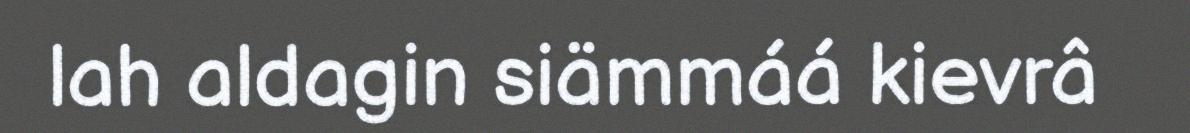
lah aldagin siämmáá kievrâ